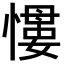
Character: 𢡌